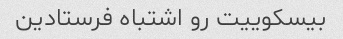
بیسکوییت رو اشتباه فرستادین